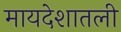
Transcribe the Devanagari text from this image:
मायदेशातली